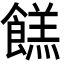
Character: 餻